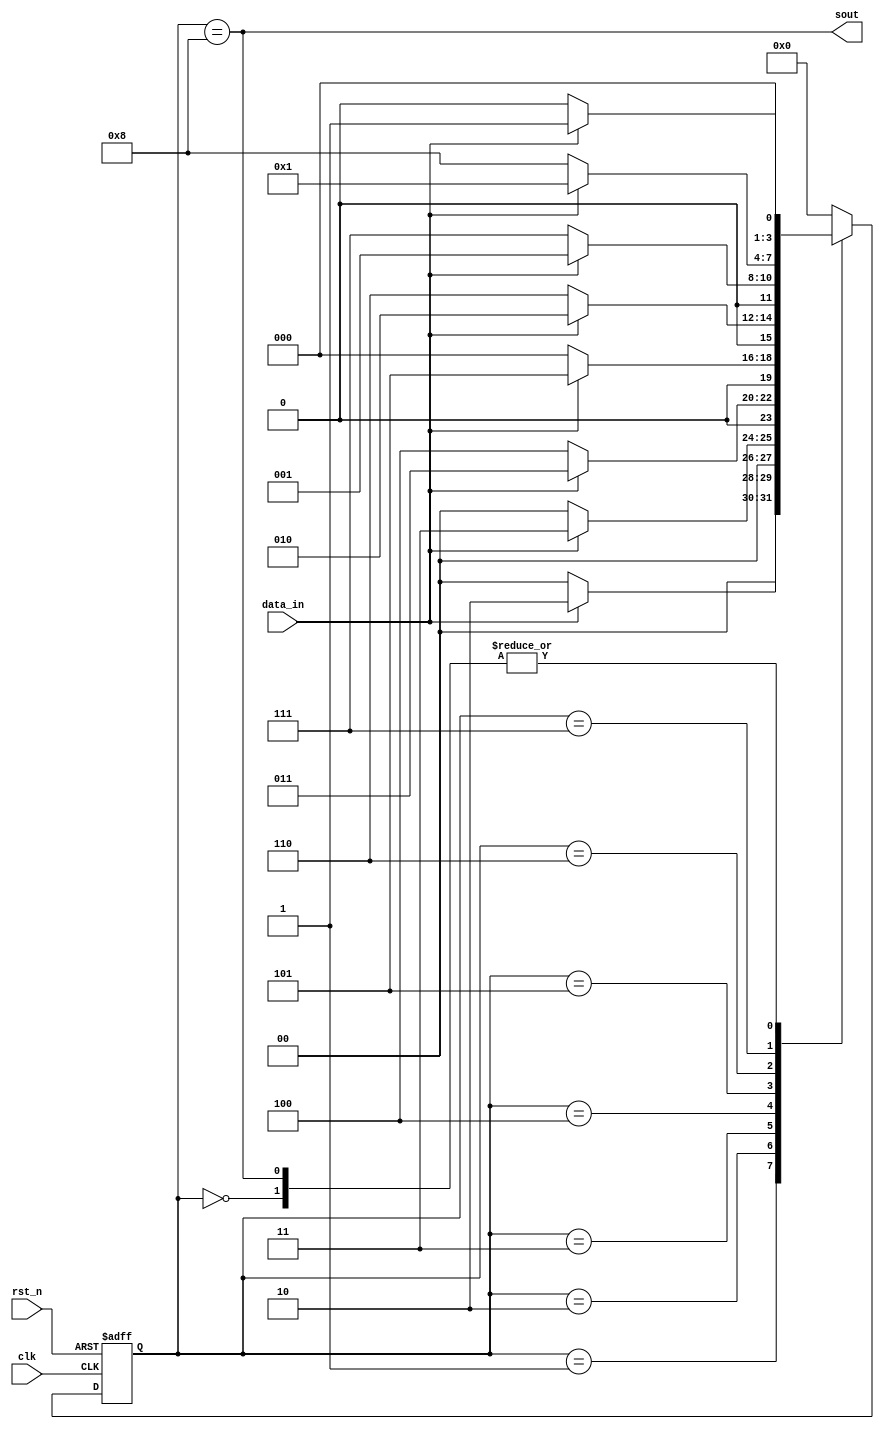
module sequ_detect(				//11101000
	input clk,
	input rst_n,
	input data_in,
	output wire sout
);

	parameter s0=0, s1=1, s2=2, s3=3, s4=4, s5=5, s6=6, s7=7, s8=8;
//	reg[8:0] ST;
	reg[3:0] current_state;
	reg[3:0] next_state;
	
	always@(posedge clk or negedge rst_n)
		begin
			if(!rst_n)
				current_state<= s0;
			else
				current_state <= next_state;
		end
		
	always@(*)
		begin
			case(current_state)
					s0:if(data_in==1'b1) next_state<=s1;else next_state<=s0;
					s1:if(data_in==1'b1) next_state<=s2;else next_state<=s0;
					s2:if(data_in==1'b1) next_state<=s3;else next_state<=s0;
					s3:if(data_in==1'b0) next_state<=s4;else next_state<=s3;
					s4:if(data_in==1'b1) next_state<=s5;else next_state<=s0;
					s5:if(data_in==1'b0) next_state<=s6;else next_state<=s2;
					s6:if(data_in==1'b0) next_state<=s7;else next_state<=s1;
					s7:if(data_in==1'b0) next_state<=s8;else next_state<=s1;
					s8:if(data_in==1'b0) next_state<=s0;else next_state<=s1;
					default:next_state<=s0;
			endcase
		end
	
	assign sout = (current_state == s8);
endmodule


//force data_in 1 0,0 300ns,1 400ns,0 500ns -repeat 800ns